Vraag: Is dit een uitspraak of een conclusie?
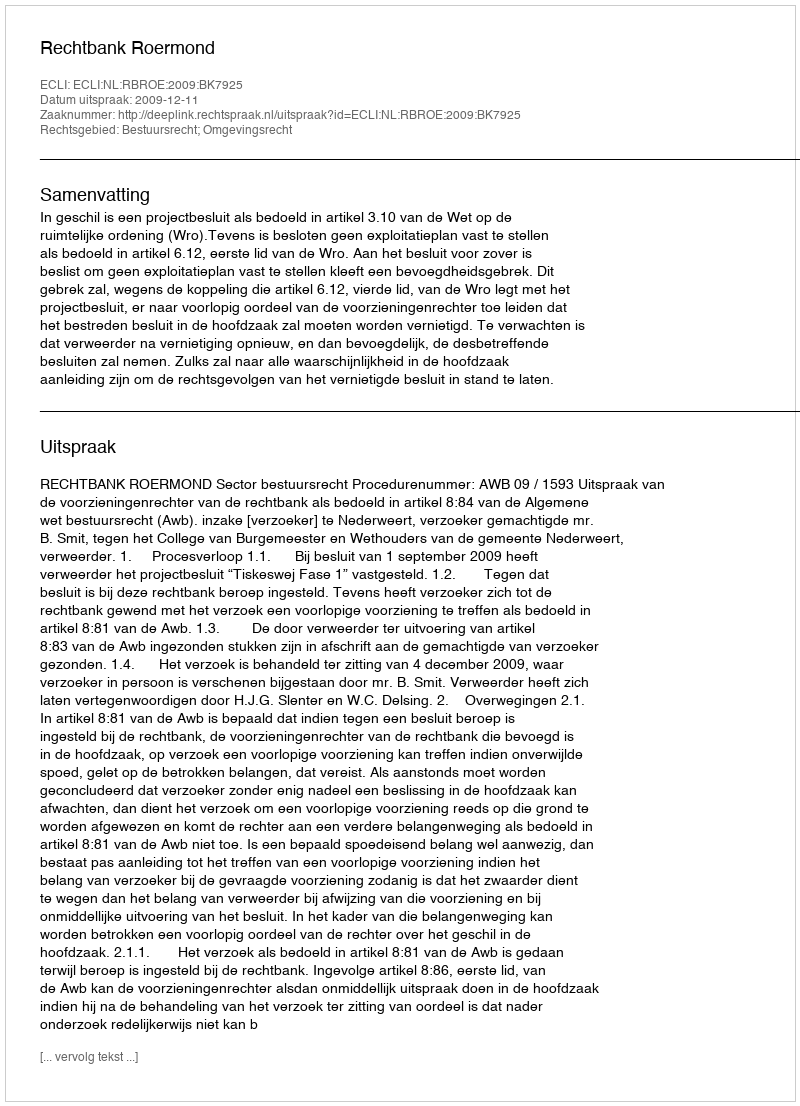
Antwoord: Uitspraak